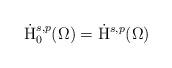
LaTeX: \begin{align*} \dot{\mathrm{H}}^{s,p}_0(\Omega)=\dot{\mathrm{H}}^{s,p}(\Omega)\end{align*}